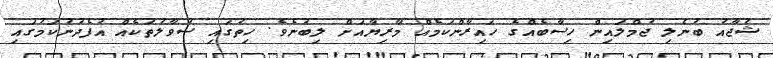
ޝުޖާއު ބުނެލި ޖުމްލައިން ހިސާބެއްގެ ހައިރާންކަމެއް މާރިޔާއަށް ލިބުނެވެ. ހިތުގައި ސުވާލުތަކެއް އުފެދުނުކަމުގައި